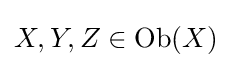
X,Y,Z\in \mathrm {Ob} (X)